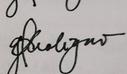
Signature authenticity: genuine